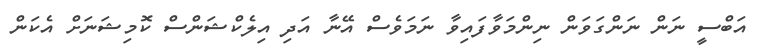
އަބްސީ ނަން ނަންގަވަން ނިންމަވާފައިވާ ނަމަވެސް އޭނާ އަދި އިލެކްޝަންސް ކޮމިޝަނަށް އެކަން